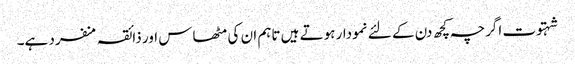
شہتوت اگرچہ کچھ دن کے لئے نمودار ہوتے ہیں تاہم ان کی مٹھاس اور ذائقہ منفرد ہے۔